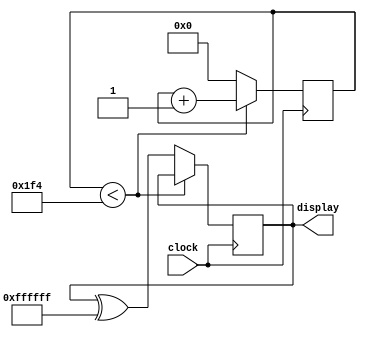
module blinking (input clock, output reg [23:0] display);
	parameter factor=500;		//blink 2 times every second at 1khz freq

	reg [11:0] counter = 12'b0;
	initial display = 24'b0;
	
	always@(posedge clock)begin
	
		if(counter<factor)begin
			counter <= counter + 1'b1;
		end else begin // greater or equal
			counter <= 1'b0;
			display <= display ^ 24'b111111111111111111111111;
		end
	end
							
endmodule